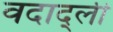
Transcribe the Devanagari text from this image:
वदाद्ली